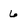
Character: 6